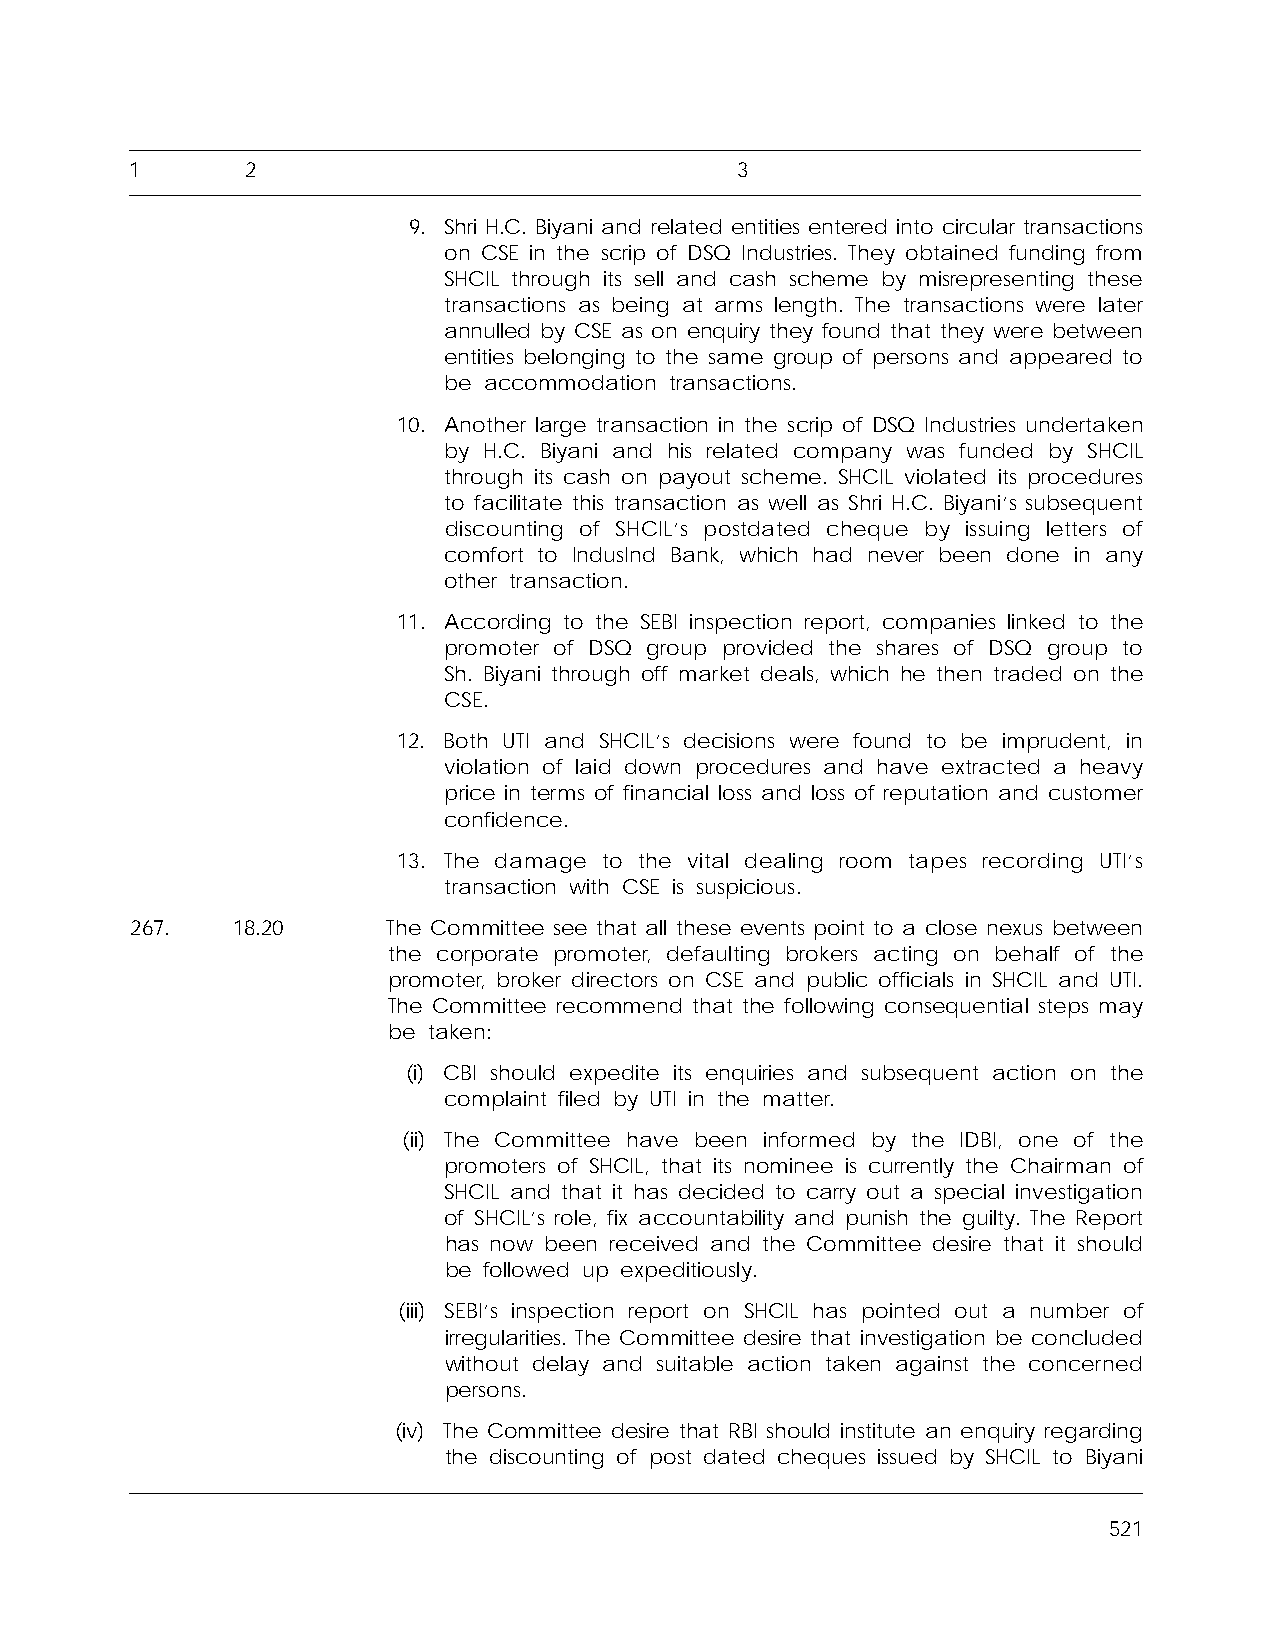
1      2                                3
 9. Shri H.C. Biyani and related entities entered into circular transactions
 on CSE in the scrip of DSQ Industries. They obtained funding from
 SHCIL through its sell and cash scheme by misrepresenting these
 transactions as being at arms length. The transactions were later
 annulled by CSE as on enquiry they found that they were between
 entities belonging to the same group of persons and appeared to
 be accommodation transactions.
 10. Another large transaction in the scrip of DSQ Industries undertaken
 by H.C. Biyani and his related company was funded by SHCIL
 through its cash on payout scheme. SHCIL violated its procedures
 to facilitate this transaction as well as Shri H.C. Biyani’s subsequent
 discounting of SHCIL’s postdated cheque by issuing letters of
 comfort to IndusInd Bank, which had never been done in any
 other transaction.
 11. According to the SEBI inspection report, companies linked to the
 promoter of DSQ group provided the shares of DSQ group to
 Sh. Biyani through off market deals, which he then traded on the
 CSE.
 12. Both UTI and SHCIL’s decisions were found to be imprudent, in
 violation of laid down procedures and have extracted a heavy
 price in terms of financial loss and loss of reputation and customer
 confidence.
 13. The damage to the vital dealing room tapes recording UTI’s
 transaction with CSE is suspicious.
 267.  18.20      The Committee see that all these events point to a close nexus between
 the corporate promoter, defaulting brokers acting on behalf of the
 promoter, broker directors on CSE and public officials in SHCIL and UTI.
 The Committee recommend that the following consequential steps may
 be taken:
 (i) CBI should expedite its enquiries and subsequent action on the
 complaint filed by UTI in the matter.
 (ii) The Committee have been informed by the IDBI, one of the
 promoters of SHCIL, that its nominee is currently the Chairman of
 SHCIL and that it has decided to carry out a special investigation
 of SHCIL’s role, fix accountability and punish the guilty. The Report
 has now been received and the Committee desire that it should
 be followed up expeditiously.
 (iii) SEBI’s inspection report on SHCIL has pointed out a number of
 irregularities. The Committee desire that investigation be concluded
 without delay and suitable action taken against the concerned
 persons.
 (iv) The Committee desire that RBI should institute an enquiry regarding
 the discounting of post dated cheques issued by SHCIL to Biyani
 521